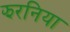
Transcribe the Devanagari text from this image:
झरनिया